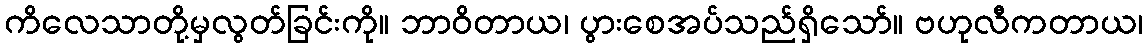
ကိလေသာတို့မှလွတ်ခြင်းကို။ ဘာဝိတာယ၊ ပွားစေအပ်သည်ရှိသော်။ ဗဟုလီကတာယ၊